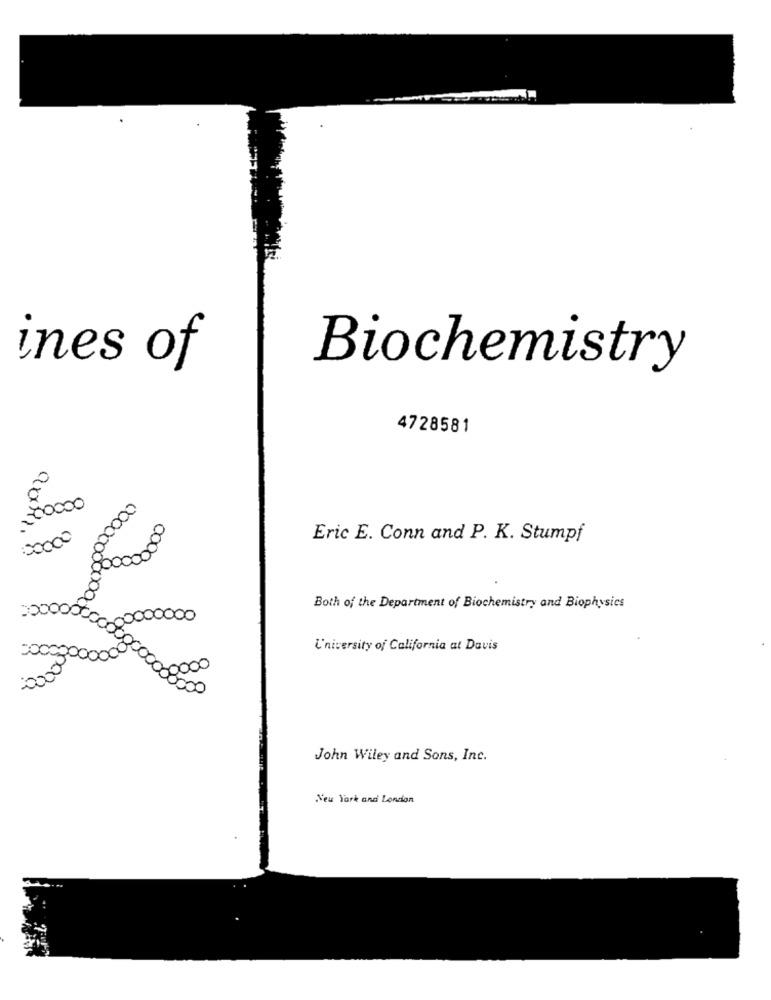
ines of
Biochemistry
4728581
200000
50000
000
Eric E. Conn and P. K. Stumpf
8000
Both of the Department of Biochemistry and Biophysics
0.00000000
University of California at Davis
0000
2000000000 800000
8500
John Wiley and Sons, Inc.
New York and London